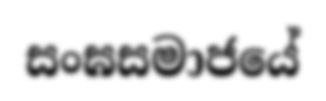
සංඝසමාජයේ